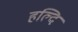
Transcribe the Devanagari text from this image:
हल्दि